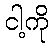
ငါ့ကို